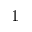
1